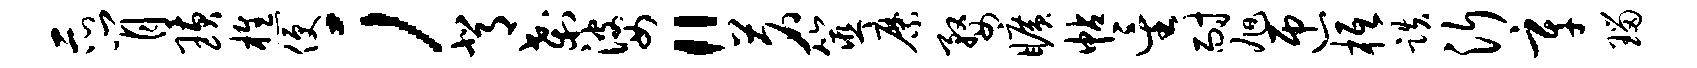
示肖璜樵便；背刹婆“茗筮縻婺旷帖星耐旭匝柢跌沂辛瑙